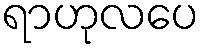
ရာဟုလပေ